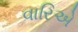
વારિએ